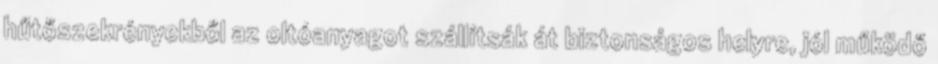
hűtőszekrényekből az oltóanyagot szállítsák át biztonságos helyre, jól működő